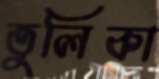
তুলিকা